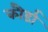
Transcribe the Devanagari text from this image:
कौर्डा